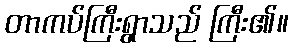
တာကပ်ကြီးရွာသည် ကြီး၏။